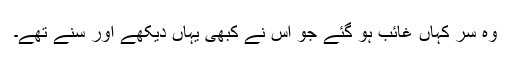
وہ سر کہاں غائب ہو گئے جو اس نے کبھی یہاں دیکھے اور سنے تھے۔